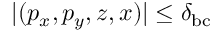
| ( p _ { x } , p _ { y } , z , x ) | \leq \delta _ { \mathrm { b c } }